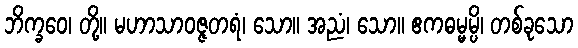
ဘိက္ခဝေ၊ တို့။ မဟာသာဝဇ္ဇတရံ၊ သော။ အညံ၊ သော။ ဧကဓမ္မမ္ပိ၊ တစ်ခုသော